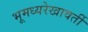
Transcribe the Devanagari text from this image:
भूमध्यरेखावर्ती